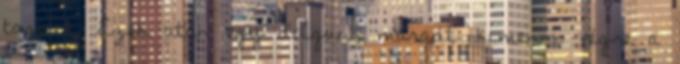
tagjait. Ezek után egy dolgunk maradt: kimenni végre a